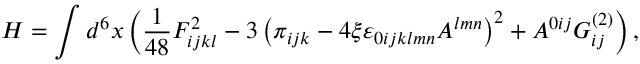
H = \int d ^ { 6 } x \left( \frac { 1 } { 4 8 } F _ { i j k l } ^ { 2 } - 3 \left( \pi _ { i j k } - 4 \xi \varepsilon _ { 0 i j k l m n } A ^ { l m n } \right) ^ { 2 } + A ^ { 0 i j } G _ { i j } ^ { ( 2 ) } \right) ,